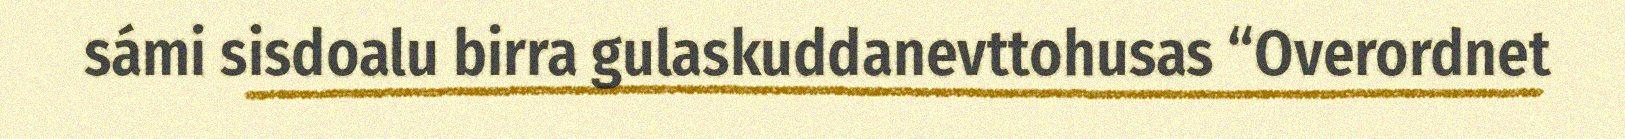
sámi sisdoalu birra gulaskuddanevttohusas “Overordnet